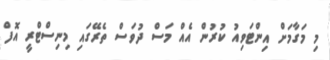
މި މަގާމަށް އިންޓަވިއު ކުރުން އެއް މަސް ދުވަސް ތެރޭގައި މިނިސްޓްރީ އޮފް